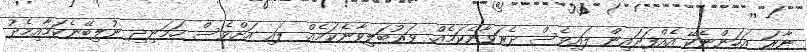
ނާރަ އަހަންނެކޭ އެއްފަދައިން ލައިވެސް ދެރަވާނެކަމެއް. ވަރުބަލިވާނެކަމެއް. ލައި އަށްވެސް ހަމަނިދި ނުލިބޭނެކަމާއިމެދު